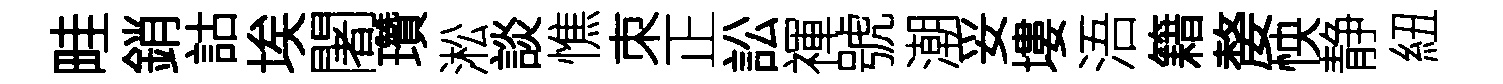
畦銷詁埃闍瓚淞談憔朿正訟禈號潮妥塿浯籍嫠怏静紐